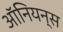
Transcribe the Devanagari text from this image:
ऑनियन्स